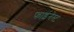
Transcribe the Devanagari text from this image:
फाईनेस्ट